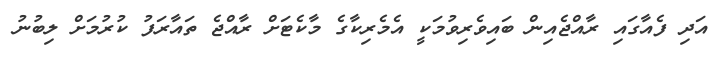
އަދި ފެއާގައި ރާއްޖެއިން ބައިވެރިވުމަކީ އެމެރިކާގެ މާކެޓަށް ރާއްޖެ ތައާރަފު ކުރުމަށް ލިބުނު